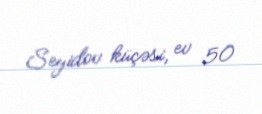
Seyidov küçəsi, ev 50